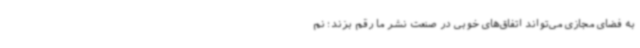
به فضای مجازی می‌تواند اتفاق‌های خوبی در صنعت نشر ما رقم بزند؛ نم